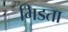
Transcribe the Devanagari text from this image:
भिडता